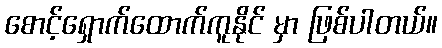
စောင့်ရှောက်ထောက်ကူနိုင် မှာ ဖြစ်ပါတယ်။